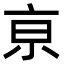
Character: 亰